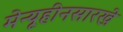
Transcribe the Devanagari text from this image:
मेन्यूहीनसारखे